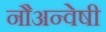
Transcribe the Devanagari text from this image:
नौअन्वेषी